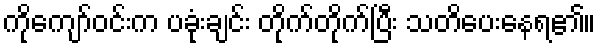
ကိုကျော်ဝင်းက ပခုံးချင်း တိုက်တိုက်ပြီး သတိပေးနေရ၏။